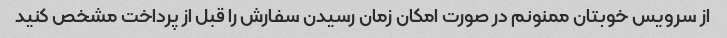
از سرویس خوبتان ممنونم در صورت امکان زمان رسیدن سفارش را قبل از پرداخت مشخص کنید